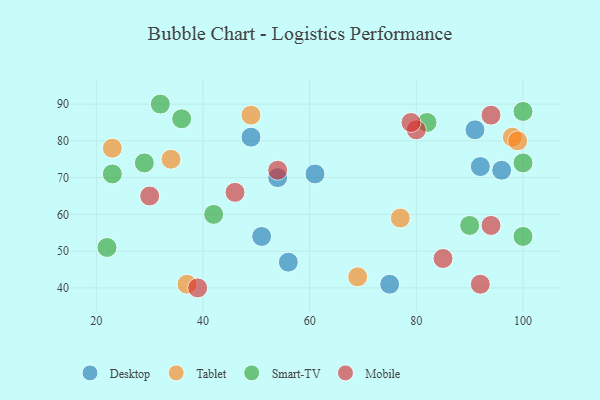
{"axis": {"x": "GDP", "y": "Life Expectancy"}, "legend": ["Desktop", "Mobile", "Smart-TV", "Tablet"], "data": [{"x": "56", "y": 47, "type": "Desktop"}, {"x": "54", "y": 70, "type": "Desktop"}, {"x": "49", "y": 81, "type": "Desktop"}, {"x": "92", "y": 73, "type": "Desktop"}, {"x": "75", "y": 41, "type": "Desktop"}, {"x": "51", "y": 54, "type": "Desktop"}, {"x": "91", "y": 83, "type": "Desktop"}, {"x": "96", "y": 72, "type": "Desktop"}, {"x": "61", "y": 71, "type": "Desktop"}, {"x": "98", "y": 81, "type": "Tablet"}, {"x": "23", "y": 78, "type": "Tablet"}, {"x": "69", "y": 43, "type": "Tablet"}, {"x": "37", "y": 41, "type": "Tablet"}, {"x": "99", "y": 80, "type": "Tablet"}, {"x": "34", "y": 75, "type": "Tablet"}, {"x": "77", "y": 59, "type": "Tablet"}, {"x": "49", "y": 87, "type": "Tablet"}, {"x": "23", "y": 71, "type": "Smart-TV"}, {"x": "100", "y": 54, "type": "Smart-TV"}, {"x": "100", "y": 74, "type": "Smart-TV"}, {"x": "82", "y": 85, "type": "Smart-TV"}, {"x": "32", "y": 90, "type": "Smart-TV"}, {"x": "42", "y": 60, "type": "Smart-TV"}, {"x": "36", "y": 86, "type": "Smart-TV"}, {"x": "29", "y": 74, "type": "Smart-TV"}, {"x": "90", "y": 57, "type": "Smart-TV"}, {"x": "100", "y": 88, "type": "Smart-TV"}, {"x": "22", "y": 51, "type": "Smart-TV"}, {"x": "30", "y": 65, "type": "Mobile"}, {"x": "46", "y": 66, "type": "Mobile"}, {"x": "80", "y": 83, "type": "Mobile"}, {"x": "85", "y": 48, "type": "Mobile"}, {"x": "54", "y": 72, "type": "Mobile"}, {"x": "79", "y": 85, "type": "Mobile"}, {"x": "94", "y": 87, "type": "Mobile"}, {"x": "92", "y": 41, "type": "Mobile"}, {"x": "94", "y": 57, "type": "Mobile"}, {"x": "39", "y": 40, "type": "Mobile"}]}